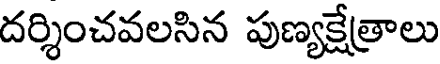
దర్శించవలసిన పుణ్యక్షేత్రాలు